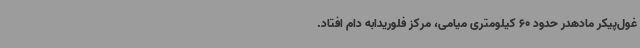
غول‌پیکر مادهدر حدود 60 کیلومتری میامی، مرکز فلوریدابه دام افتاد.